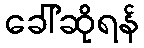
ခေါ်ဆိုရန်